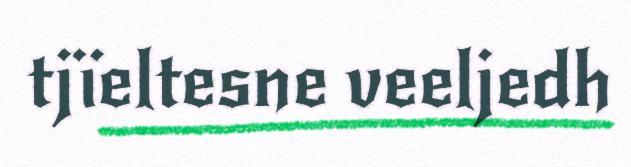
tjïeltesne veeljedh